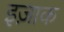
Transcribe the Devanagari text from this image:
इज़ाक